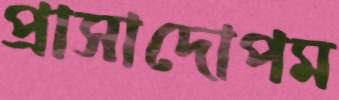
প্রাসাদোপম